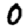
Digit: 0